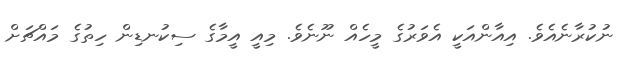
ނުކުރާނެއެވެ. އިއާންއަކީ އެވަރުގެ މީހެއް ނޫނެވެ. މިއީ އީމާގެ ސިކުނޑިން ހިތުގެ މައްޗަށް